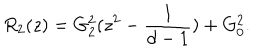
R _ { 2 } ( z ) = G _ { 2 } ^ { 2 } ( z ^ { 2 } - \frac { 1 } { d - 1 } ) + G _ { 0 } ^ { 2 } .